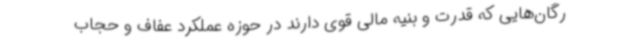
رگان‌هایی که قدرت و بنیه مالی قوی دارند در حوزه عملکرد عفاف و حجاب